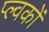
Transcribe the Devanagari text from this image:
प्ल्वकों